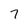
Character: 7